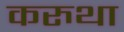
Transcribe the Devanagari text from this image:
करुथा